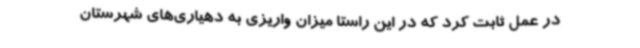
در عمل ثابت کرد که در این راستا میزان واریزی به دهیاری‌های شهرستان